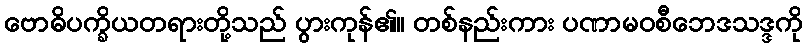
ဗောဓိပက္ခိယတရားတို့သည် ပွားကုန်၏။ တစ်နည်းကား ပဏာမဝစီဘေဒသဒ္ဒကို